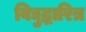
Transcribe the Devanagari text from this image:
विद्युद्धारित्र